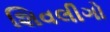
શિવલીગો